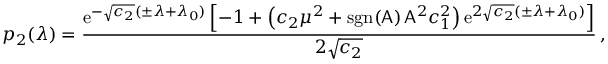
p _ { 2 } ( \lambda ) = \frac { \mathrm { e } ^ { - \sqrt { c _ { 2 } } ( \pm \lambda + \lambda _ { 0 } ) } \left[ - 1 + \left( c _ { 2 } \mu ^ { 2 } + \mathrm { s g n } ( \mathsf { A } ) \, \mathsf { A } ^ { 2 } c _ { 1 } ^ { 2 } \right) \mathrm { e } ^ { 2 \sqrt { c _ { 2 } } ( \pm \lambda + \lambda _ { 0 } ) } \right] } { 2 \sqrt { c _ { 2 } } } \, ,